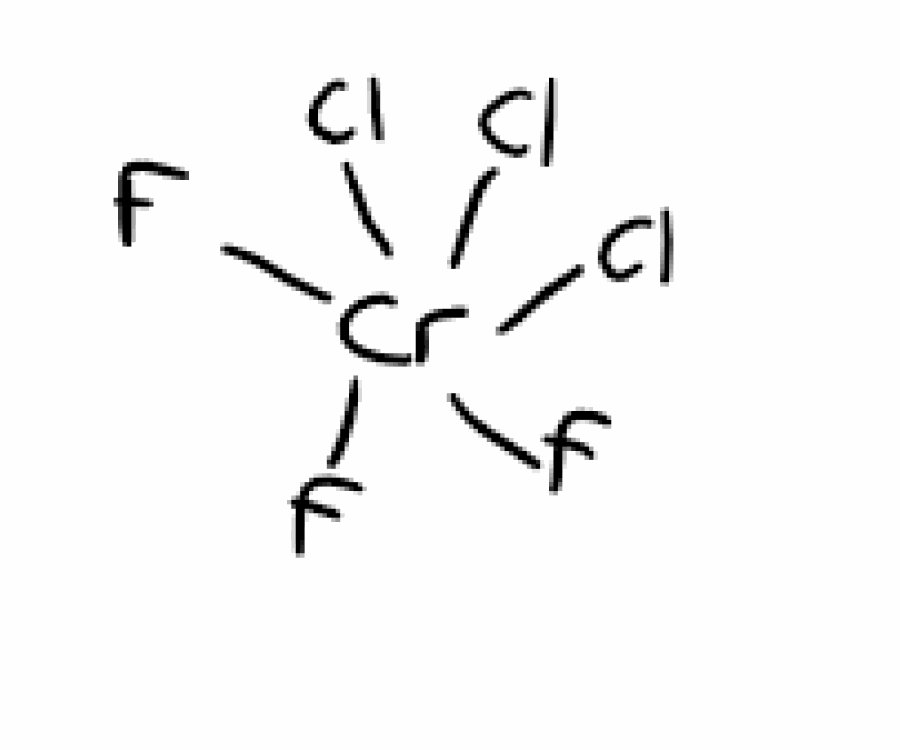
Simplified molecular-input line-entry system (SMILES) notation of the given molecule:
F[Cr](F)(F)(Cl)(Cl)Cl